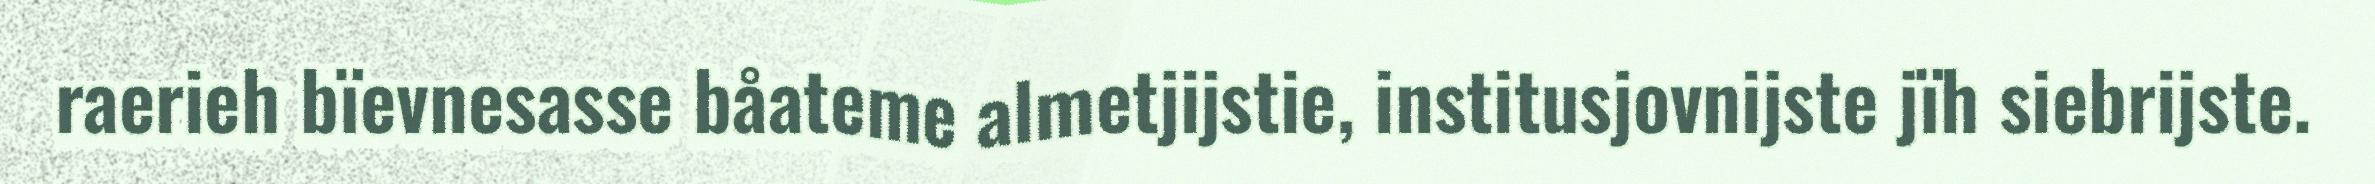
raerieh bïevnesasse båateme almetjijstie, institusjovnijste jïh siebrijste.